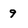
Character: 9